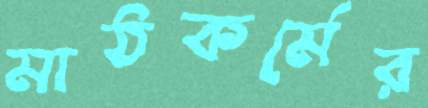
মাঠকর্মের